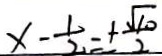
x - \frac { 1 } { 2 } = \pm \frac { \sqrt { 1 0 } } { 2 }